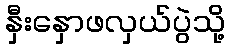
နှီးနှောဖလှယ်ပွဲသို့